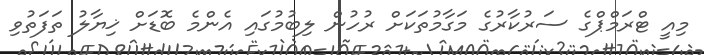
މިއީ ޓްރަމްޕްގެ ސަރުކާރުގެ މަގާމުތަކަށް ރުހުން ލިބުމުގައި އެންމެ ބޮޑަށް ޚިޔާލު ތަފަތުވި